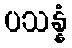
ပသန္နံ